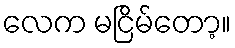
လေက မငြိမ်တော့။